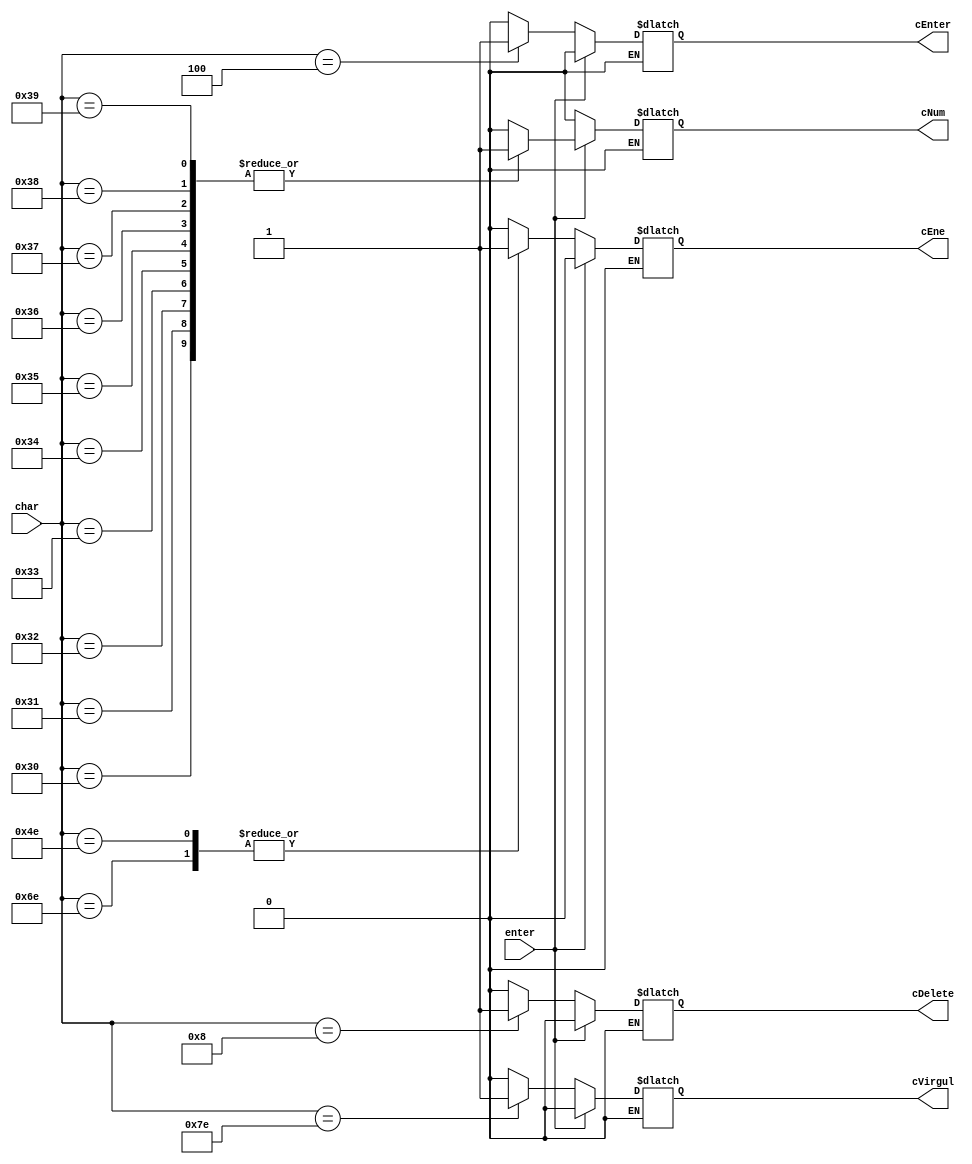
module charComp(char, enter, cEnter, cEne, cVirgul, cDelete, cNum);

	input [6:0] char;
	input enter;
	output reg cEnter, cEne, cVirgul, cDelete,cNum;
	
	always @(char or enter) begin 

		if(enter==0) begin
			case (char)
				7'b0000100:begin	
						cEnter=1;
						cEne=0;
						cVirgul=0;	
						cDelete=0;
						cNum=0;
					   end
				7'b1101110:begin	
						cEnter=0;
						cEne=1;
						cVirgul=0;	
						cDelete=0;
						cNum=0;
					   end
				7'b1001110:begin	
						cEnter=0;
						cEne=1;
						cVirgul=0;	
						cDelete=0;
						cNum=0;
					   end
				7'b1111110:begin	
						cEnter=0;
						cEne=0;
						cVirgul=1;	
						cDelete=0;
						cNum=0;
					   end
				7'b0001000:begin	
						cEnter=0;
						cEne=0;
						cVirgul=0;	
						cDelete=1;
						cNum=0;
					   end
				default: begin	
						cEnter=0;
						cEne=0;
						cVirgul=0;	
						cDelete=0;
						cNum=0;
					 end
	
				
			endcase
	end		
	
		if(enter==1) begin
				case (char) 
					7'b0110000:begin	
						cEnter=0;
						cEne=0;
						cVirgul=0;	
						cDelete=0;
						cNum=1;
					   end
				7'b0110001:begin	
						cEnter=0;
						cEne=0;
						cVirgul=0;	
						cDelete=0;
						cNum=1;
					   end
				7'b0110010:begin	
						cEnter=0;
						cEne=0;
						cVirgul=0;	
						cDelete=0;
						cNum=1;
					   end
				7'b0110011:begin	
						cEnter=0;
						cEne=0;
						cVirgul=0;	
						cDelete=0;
						cNum=1;
					   end
				7'b0110100:begin	
						cEnter=0;
						cEne=0;
						cVirgul=0;	
						cDelete=0;
						cNum=1;
					   end
				7'b0110101:begin	
						cEnter=0;
						cEne=0;
						cVirgul=0;	
						cDelete=0;
						cNum=1;
					   end
				7'b0110110:begin	
						cEnter=0;
						cEne=0;
						cVirgul=0;	
						cDelete=0;
						cNum=1;
					   end
				7'b0110111:begin	
						cEnter=0;
						cEne=0;
						cVirgul=0;	
						cDelete=0;
						cNum=1;
					   end
				7'b0111000:begin	
						cEnter=0;
						cEne=0;
						cVirgul=0;	
						cDelete=0;
						cNum=1;
					   end
				7'b0111001:begin	
						cEnter=0;
						cEne=0;
						cVirgul=0;	
						cDelete=0;
						cNum=1;
					   end
				default: begin	
						cEnter=0;
						cEne=0;
						cVirgul=0;	
						cDelete=0;
						cNum=0;
					 end
					
				endcase

		end


end	

endmodule